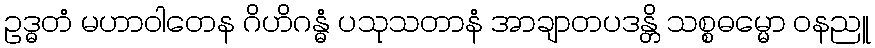
ဥဒ္ဓတံ မဟာဝါတေန ဂိဟိဂန္ဓံ ပသုသတာနံ အာချာတပဒန္တိ သစ္စဓမ္မော ဝနညူ